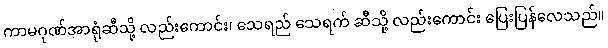
ကာမဂုဏ်အာရုံဆီသို့ လည်းကောင်း၊ သေရည် သေရက် ဆီသို့ လည်းကောင်း ပြေးပြန်လေသည်။